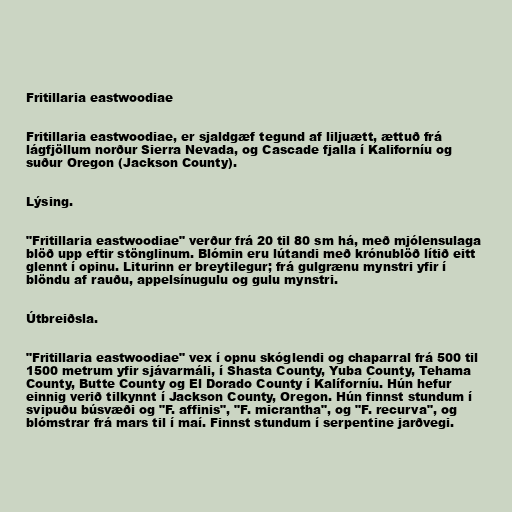
Fritillaria eastwoodiae

Fritillaria eastwoodiae, er sjaldgæf tegund af liljuætt, ættuð frá
lágfjöllum norður Sierra Nevada, og Cascade fjalla í Kaliforníu og
suður Oregon (Jackson County).

Lýsing.

"Fritillaria eastwoodiae" verður frá 20 til 80 sm há, með mjólensulaga
blöð upp eftir stönglinum. Blómin eru lútandi með krónublöð lítið eitt
glennt í opinu. Liturinn er breytilegur; frá gulgrænu mynstri yfir í
blöndu af rauðu, appelsínugulu og gulu mynstri.

Útbreiðsla.

"Fritillaria eastwoodiae" vex í opnu skóglendi og chaparral frá 500 til
1500 metrum yfir sjávarmáli, í Shasta County, Yuba County, Tehama
County, Butte County og El Dorado County í Kalíforníu. Hún hefur
einnig verið tilkynnt í Jackson County, Oregon. Hún finnst stundum í
svipuðu búsvæði og "F. affinis", "F. micrantha", og "F. recurva", og
blómstrar frá mars til í maí. Finnst stundum í serpentine jarðvegi.